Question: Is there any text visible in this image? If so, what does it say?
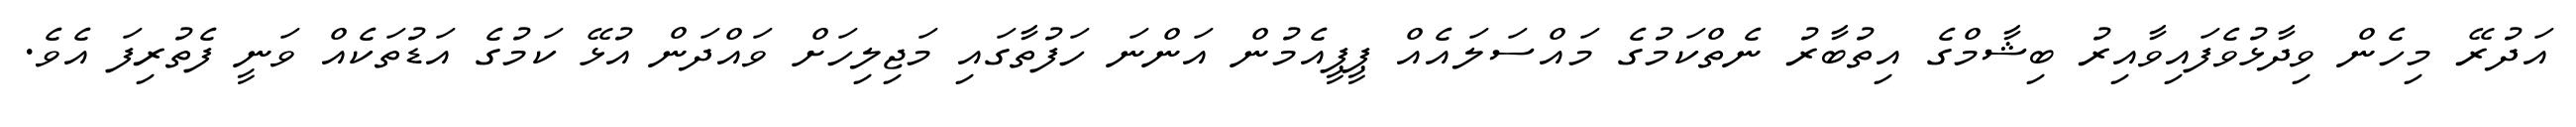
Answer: އަދުރޭ މިހެން ވިދާޅުވެފައިވާއިރު ބިޝާމްގެ އިތުބާރު ނެތްކަމުގެ މައްސަލައެއް ޕީޕީއެމުން އަންނަ ހަފުތާގައި މަޖިލިހަށް ވައްދަން އުޅޭ ކަމުގެ އަޑުތަކެއް ވަނީ ފެތުރިފަ އެވެ.